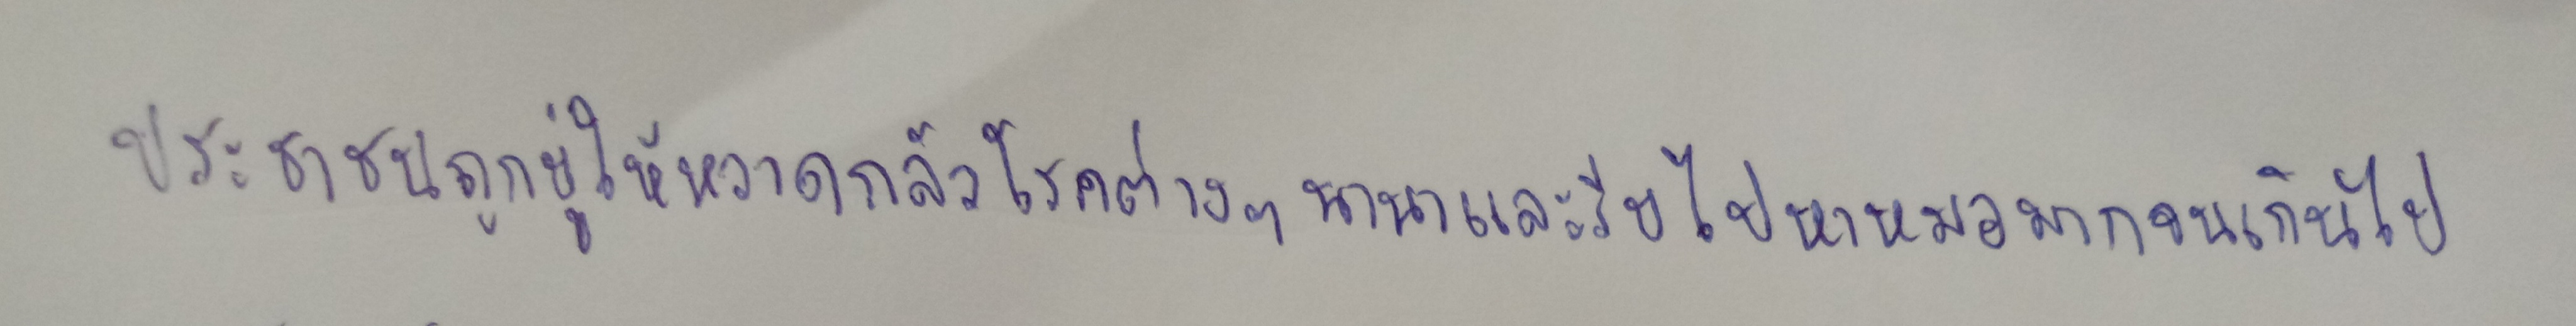
ประชาชนถูกขู่ให้หวาดกลัวโรคต่างๆนานาและรีบไปหาหมอมากจนเกินไป